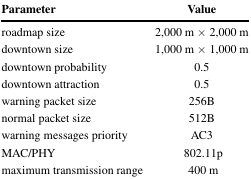
<table><thead><tr><td><b>Parameter</b></td><td><b>Value</b></td></tr></thead><tbody><tr><td>roadmap size</td><td>2,000 m × 2,000 m</td></tr><tr><td>downtown size</td><td>1,000 m × 1,000 m</td></tr><tr><td>downtown probability</td><td>0.5</td></tr><tr><td>downtown attraction</td><td>0.5</td></tr><tr><td>warning packet size</td><td>256B</td></tr><tr><td>normal packet size</td><td>512B</td></tr><tr><td>warning messages priority</td><td>AC3</td></tr><tr><td>MAC/PHY</td><td>802.11p</td></tr><tr><td>maximum transmission range</td><td>400 m</td></tr></tbody></table>